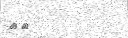
٤٦